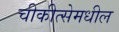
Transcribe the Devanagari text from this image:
चीकीत्सेमधील